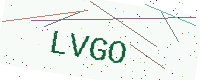
Text: LVGO